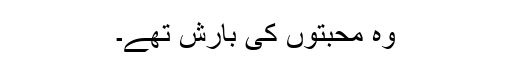
وہ محبتوں کی بارش تھے۔